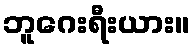
ဘူဂေးရီးယား။